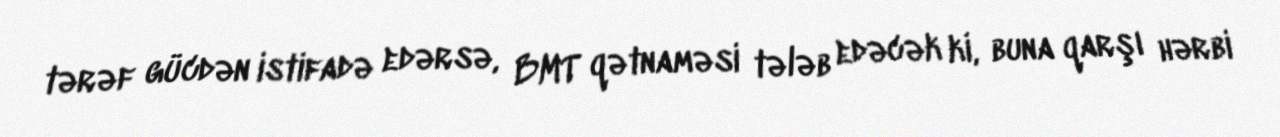
tərəf gücdən istifadə edərsə, BMT qətnaməsi tələb edəcək ki, buna qarşı hərbi